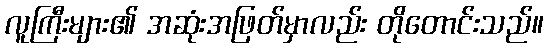
လူကြီးများ၏ အဆုံးအဖြတ်မှာလည်း တိုတောင်းသည်။